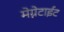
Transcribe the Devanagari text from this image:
मेग्नेटाईट